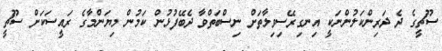
ސޫޗީގެ ދެ ދަރިންކަލުންނަކީ އިނގިރޭސިވިލާތަށް ނިސްބަތްވާ ދެބޭފުޅުން ކަމުން މިޔަންމާގެ ރައީސަކަށް ސޫޗީ